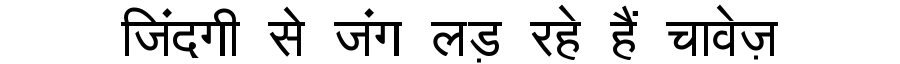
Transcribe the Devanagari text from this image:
जिंदगी से जंग लड़ रहे हैं चावेज़